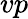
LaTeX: vp